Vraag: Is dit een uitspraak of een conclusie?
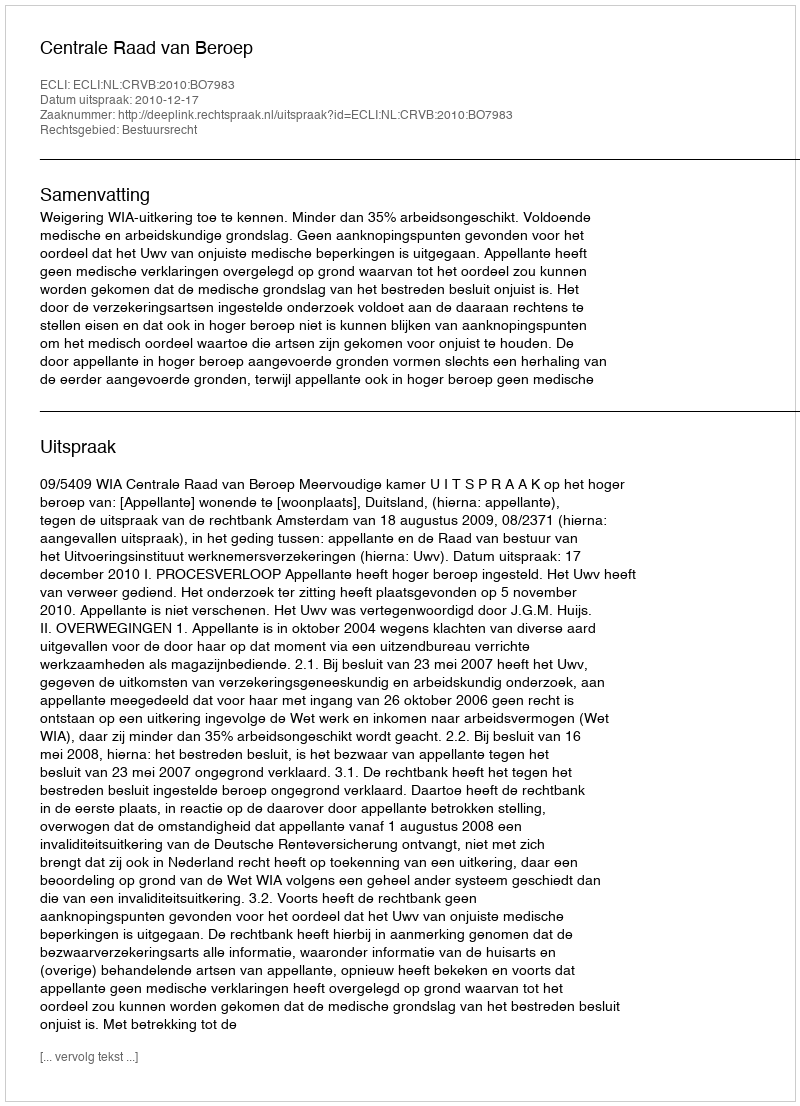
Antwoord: Uitspraak